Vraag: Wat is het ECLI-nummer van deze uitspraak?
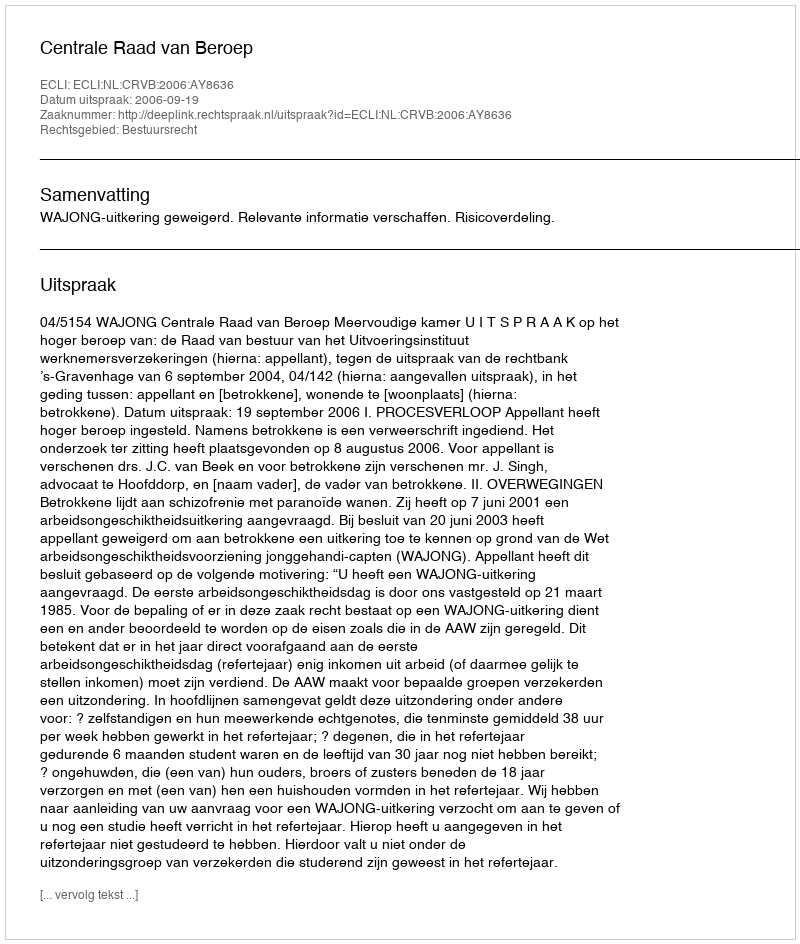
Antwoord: ECLI:NL:CRVB:2006:AY8636